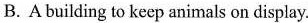
B.A building to keep animals on display.